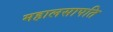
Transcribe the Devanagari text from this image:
महालसापति